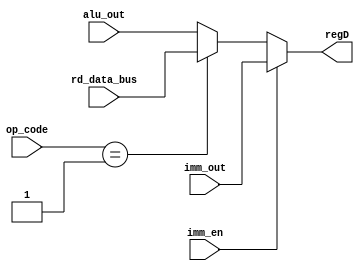
module data_mux(alu_out, imm_out, rd_data_bus, imm_en, op_code, regD);

input [15:0] alu_out;
input [15:0] imm_out;
input [15:0] rd_data_bus;
input imm_en;
input [3:0] op_code;
output [15:0] regD;

reg[15:0] m_regD;
assign regD = m_regD;

always @(*) begin
    if (imm_en)
        m_regD = imm_out;
    else begin
        if (op_code == 4'b0001) 
            m_regD = rd_data_bus;
        else
            m_regD = alu_out; 
    end 
end

endmodule